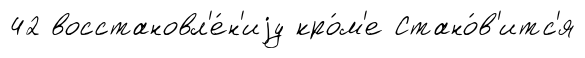
42 восстановл'е́н'иjу кро́м'е Стано́в'итс'я